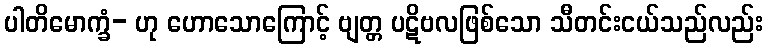
ပါတိမောက္ခံ- ဟု ဟောသောကြောင့် ဗျတ္တ ပဋိဗလဖြစ်သော သီတင်းငယ်သည်လည်း